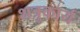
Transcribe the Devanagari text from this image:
शत्रुकार्य